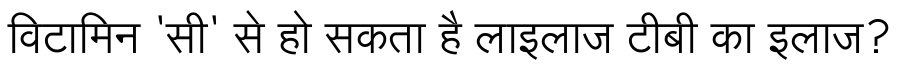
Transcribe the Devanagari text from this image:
विटामिन 'सी' से हो सकता है लाइलाज टीबी का इलाज?